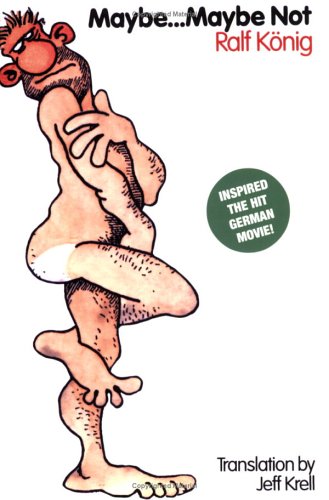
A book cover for Maybe...Maybe Not; Ralf Konig; Comics & Graphic Novels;